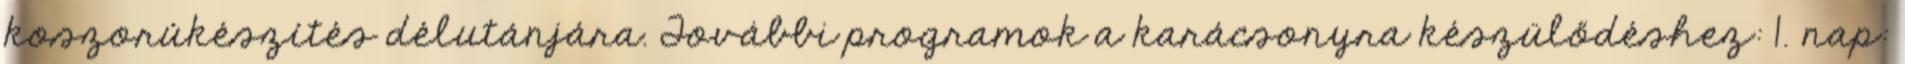
koszorúkészítés délutánjára. További programok a karácsonyra készülődéshez: 1. nap: